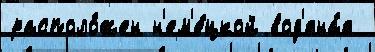
располо́жен н'ем'е́цкой вод'яна́я